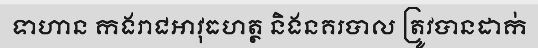
ទាហាន កងរាជអាវុធហត្ថ និងនគរបាល ត្រូវបានដាក់